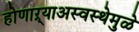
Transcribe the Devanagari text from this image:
होणाऱ्याअस्वस्थेमुळे